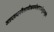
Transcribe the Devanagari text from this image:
अत्रदशदानंवैतरणीऋणमोक्षपापधेनुदानमुक्तं